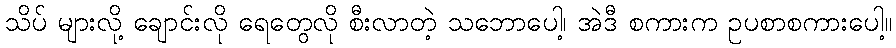
သိပ် များလို့ ချောင်းလို ရေတွေလို စီးလာတဲ့ သဘောပေါ့၊ အဲဒီ စကားက ဥပစာစကားပေါ့။